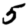
Digit: 5